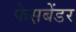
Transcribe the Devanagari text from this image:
फेस़बेंडर